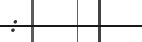
: